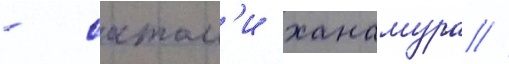
- сатом'и ханамура //